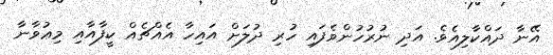
އޭނާ ދައްކާލިއެވެ. އަދި ނުރުހުންވެފައި ހުރި ދުލަށް އައިހާ އެއްޗެއް ކީފާއާއި މިޢުވާނާ